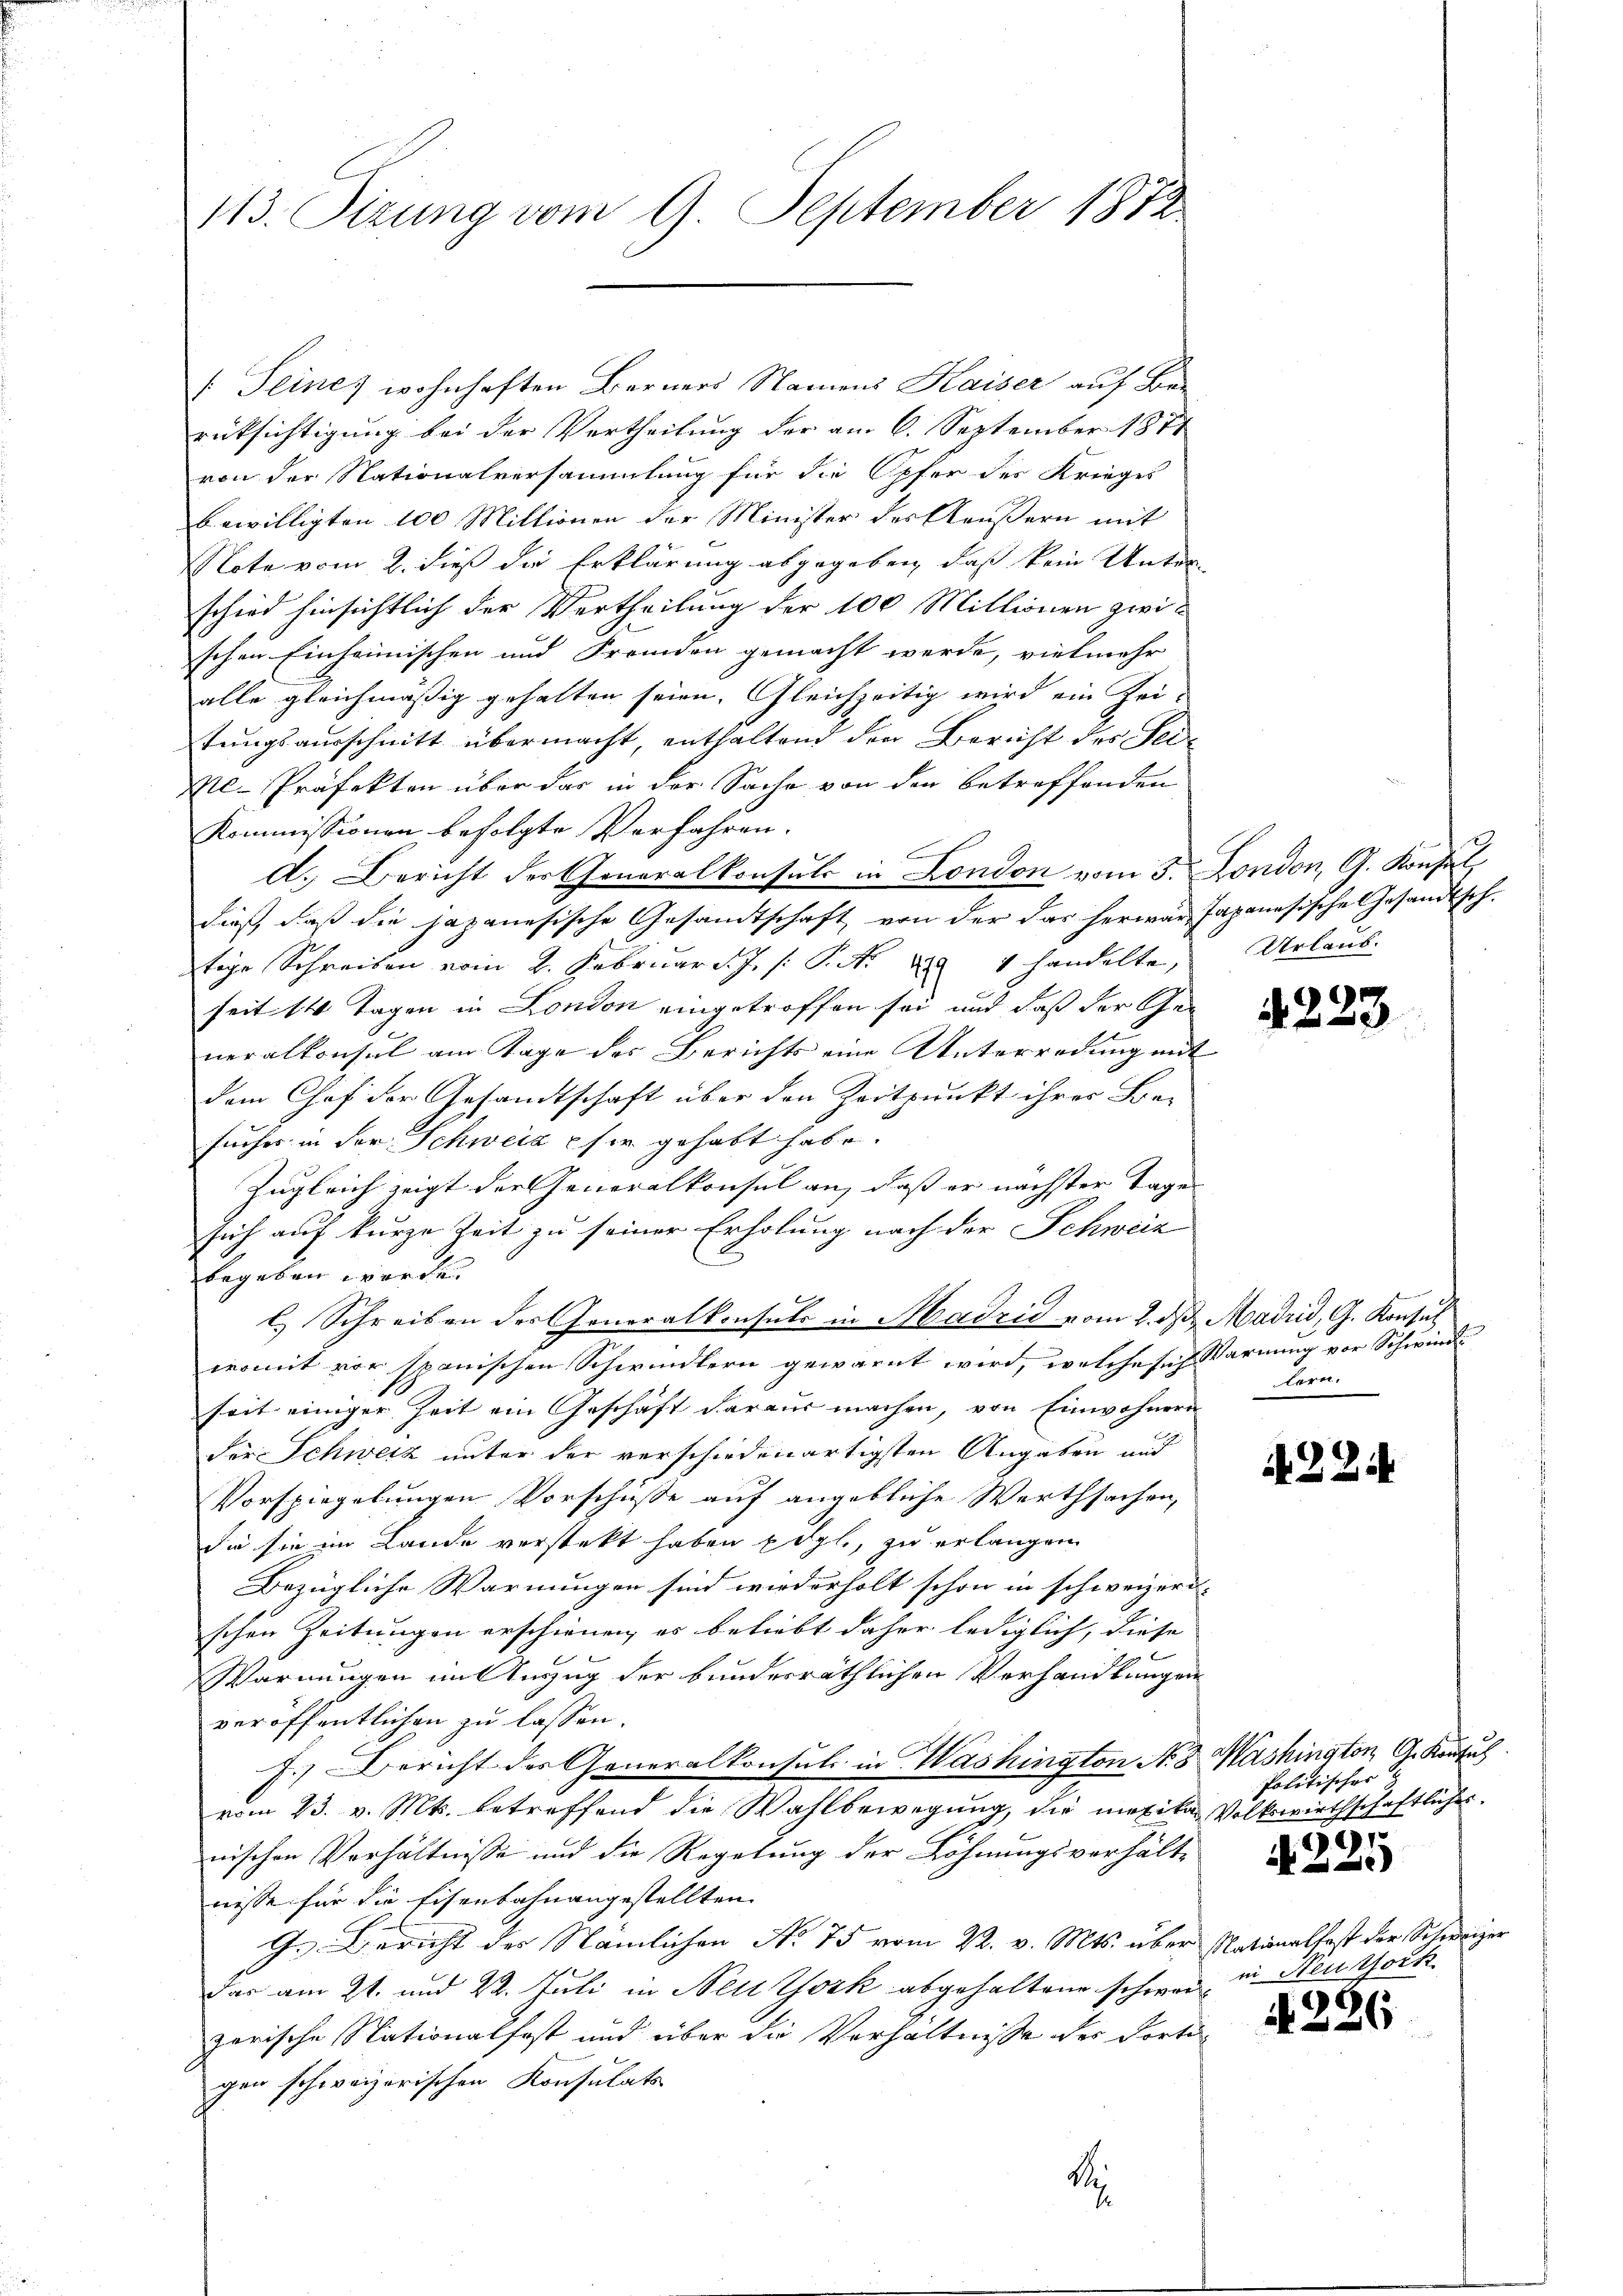
113. Sizung vom 9. September 1872

[Seines wohnhaften Berners Namens Kaiser auf Be-
rücksichtigung bei der Vertheilung der am 6. September 1871
von der Nationalversammlung für die Opfer des Krieges
bewilligten 100 Miltionen der Minister des Aeußern mit
Note vom 2. dieß die Erklärung abgegeben, daß kein Unter-
schied hinsichtlich der Vertheilung der 100 Millionen zwischen Einheimischen und Fremden gemacht werde, vielmehr
alle gleichmäßig gehalten seien. Gleichzeitig wird ein Zei-
tungsausschnitt übermacht, enthaltend der Bericht des Sei¬
Me-Präfekten über das in der Sache von den betreffenden
Kommissionen befolgte Verfahren.
d. Bericht der Generalkonsuls in London vom 3. Fondon, G. Konfe
dieß, daß die japanesische Gesandtschaft von der das herwar Japanesische Gesandtsch.
tige Schreiben vom 2. Februar d. J. P. Nr. 204 handelte,
seit 14 Tagen in London eingetroffen sei und daß der Generalkonsul am Tage des Berichts eine Unterredung mit
dem Chef der Gesandtschaft über den Zeitpunkt ihrer Be-
suches in der Schweiz pfer gehabt habe.
Zugleich zeigt der Generalkonsul an, daß er nächster Tage
sich auf kurze Zeit zu seiner Erholung nach der Schweiz
begeben worde.
l.) Schreiben des Generalkonsuls in Madrid vom 2. d. Madrid, G. Konsul
womit vor spanischen Schwindlern gewarnt wird, welche sich Warnung vor Schwinde
seit einiger Zeit ein Geschäft daraus machen, von Einwohnern
Für Schweiz unter der verschiedenartigsten Angaben auf
Vorspiegelungen Vorschüsse auf angebliche Werthsachen,
die sie im Lande verstekt haben pögl., zu erlangen
Bezügliche Warnungen sind wiederholt schon in schweizer-
schen Zeitungen erschienen, es beliebt daher lediglich, diese
Warnungen im Auszug der bunderräthlichen Verhandlungen
veröffentlichen zu lassen.
F.) Bericht der Generalkonsul in Washington N. 3 Washington A. Konsul
vom 23. v. Mts. betreffend die Wahlbewegung, die mexikar Volkswirthschaftliches
nischen Verhältnisse und die Regelung der Löhnungsverhältnisse für die Eisenbahnangestellten
Gr. Bericht des Nämlichen No 75 vom 22. v. Mts. über Nationalfast der Schweizer
dar am 21. und 22. Juli in New York abgehaltene schweizorische Nationalfast und über die Verhältnisse des Porti
gen schweizerischen Konsulats
Rei
7

Urlaub.

223.

lern.

A. 224.

Politischer
97

i

in Neuthort

226